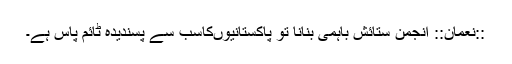
::نعمان:: انجمن ستائش باہمی بنانا تو پاکستانیوں‌کاسب سے پسندیدہ ٹائم پاس ہے۔